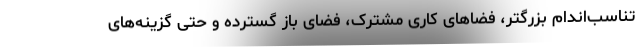
تناسب‌اندام بزرگتر، فضاهای کاری مشترک، فضای باز گسترده و حتی گزینه‌های